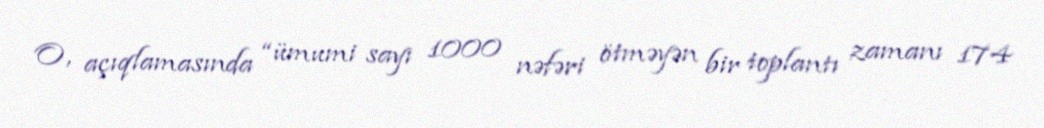
O, açıqlamasında “ümumi sayı 1000 nəfəri ötməyən bir toplantı zamanı 174